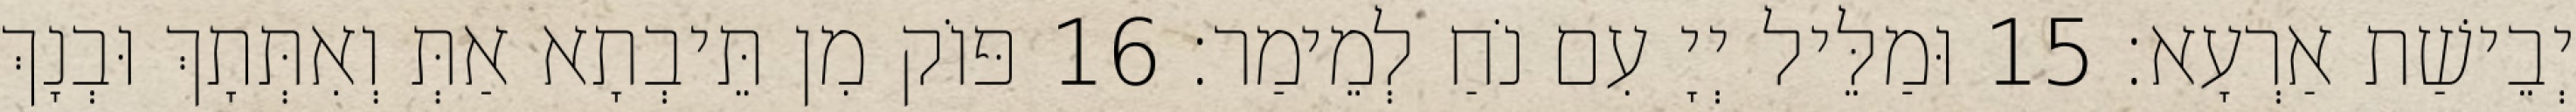
יְבֵישַׁת אַרְעָא׃ 15 וּמַלֵּיל יְיָ עִם נֹחַ לְמֵימַר׃ 16 פּוֹק מִן תֵּיבְתָא אַתְּ וְאִתְּתָךְ וּבְנָךְ